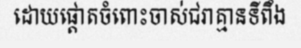
ដោយផ្តោតចំពោះចាស់ជរាគ្មានទីពឹង